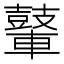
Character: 𮝪